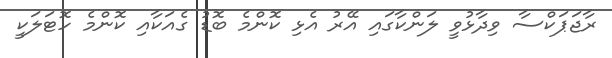
ރާޖަޕަކްސާ ވިދާޅުވީ ލަންކާގައި އޭރު އެޅި ކޮންމެ ބޮޑު ގެއަކާއި ކޮންމެ ހޮޓަލަކީ